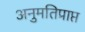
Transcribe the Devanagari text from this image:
अनुमतिप्राप्त